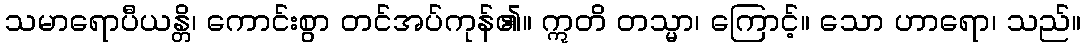
သမာရောပီယန္တိ၊ ကောင်းစွာ တင်အပ်ကုန်၏။ ဣတိ တသ္မာ၊ ကြောင့်။ သော ဟာရော၊ သည်။